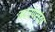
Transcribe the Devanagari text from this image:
मटरपरांठा